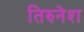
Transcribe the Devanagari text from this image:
तिरुनेश